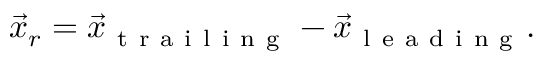
\vec { x } _ { r } = \vec { x } _ { \mathrm { ~ t ~ r ~ a ~ i ~ l ~ i ~ n ~ g ~ } } - \vec { x } _ { \mathrm { ~ l ~ e ~ a ~ d ~ i ~ n ~ g ~ } } .